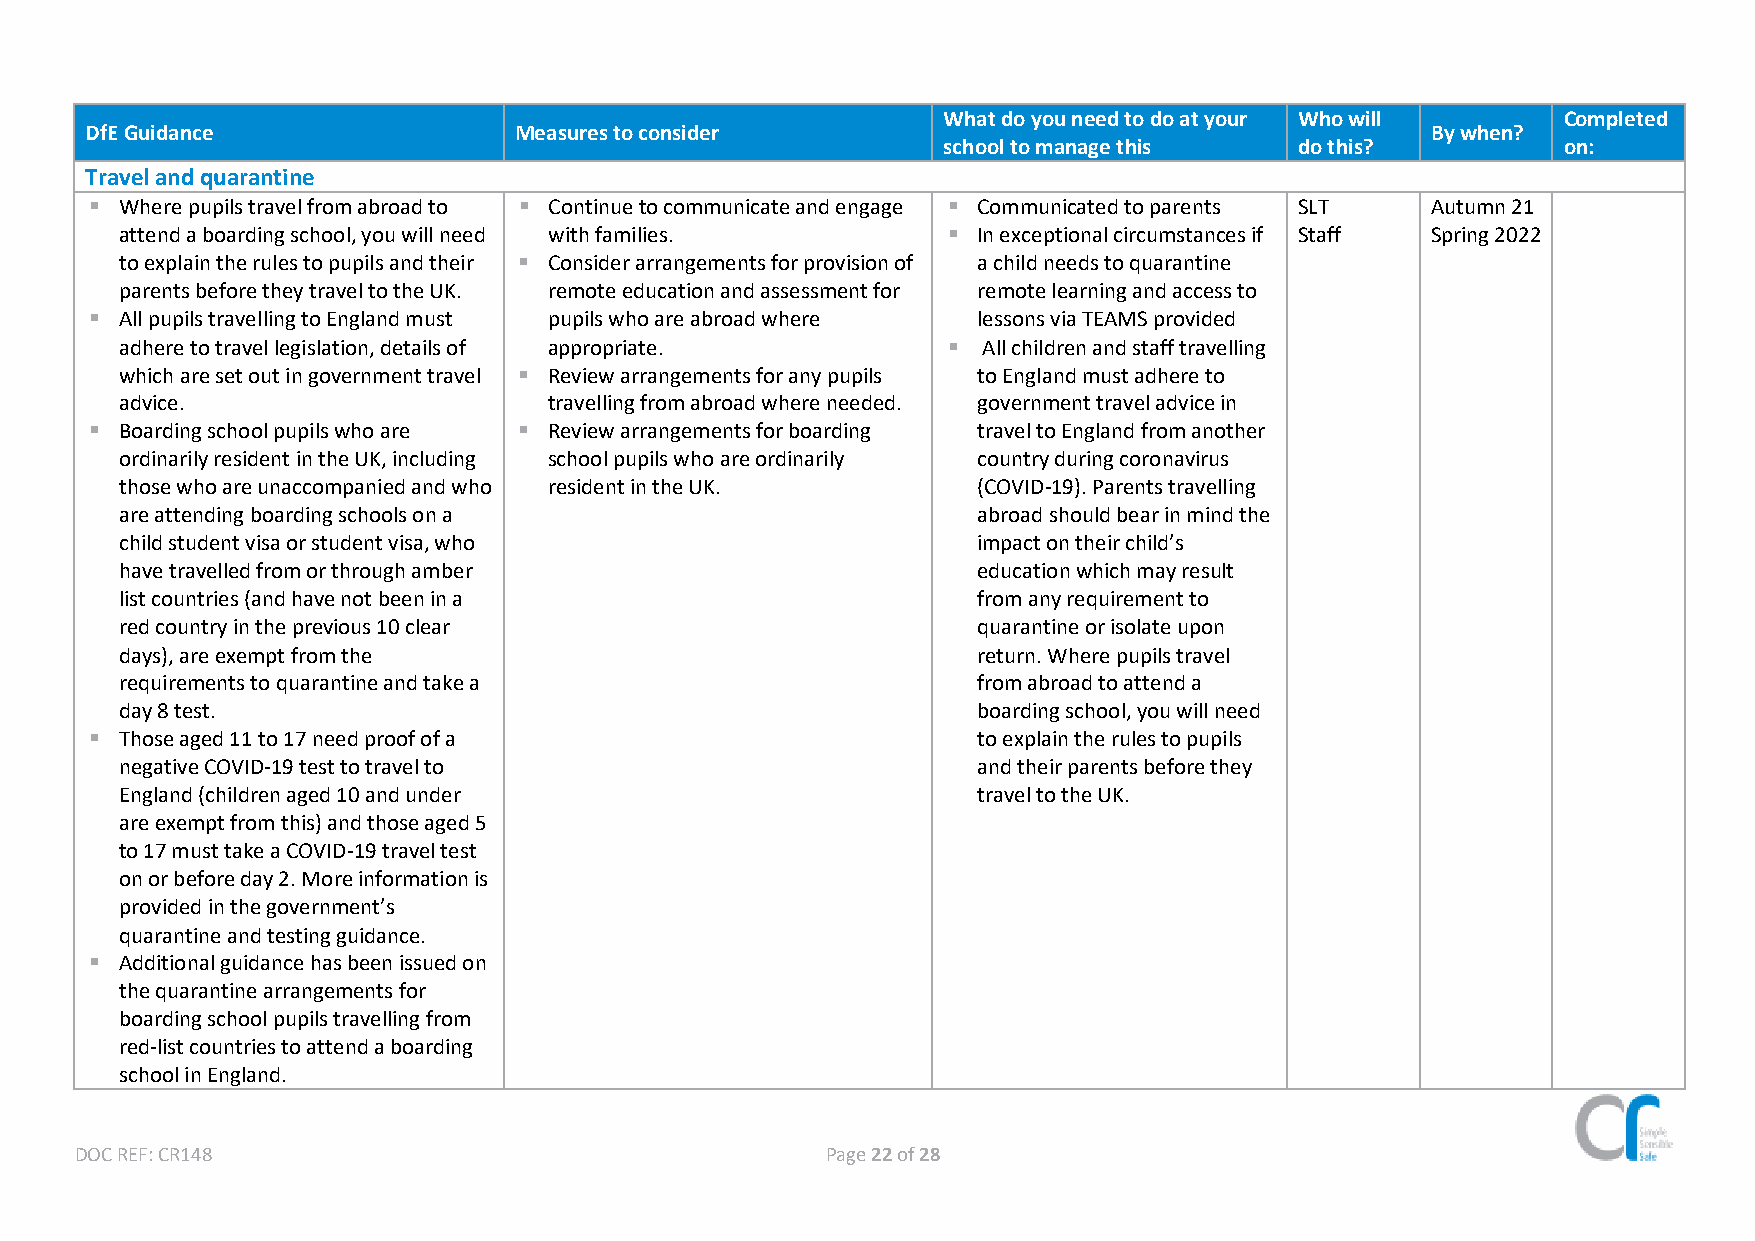
What do you need to do at your Who will  Completed
 DfE Guidance                Measures to consider                                         By when?
 school to manage this   do this?         on:
 Travel and quarantine
 ▪ Where pupils travel from abroad to ▪ Continue to communicate and engage ▪ Communicated to parents SLT Autumn 21
 attend a boarding school, you will need with families. ▪ In exceptional circumstances if Staff Spring 2022
 to explain the rules to pupils and their ▪ Consider arrangements for provision of a child needs to quarantine
 parents before they travel to the UK. remote education and assessment for remote learning and access to
 ▪ All pupils travelling to England must pupils who are abroad where lessons via TEAMS provided
 adhere to travel legislation, details of appropriate.  ▪ All children and staff travelling
 which are set out in government travel ▪ Review arrangements for any pupils to England must adhere to
 advice.                     travelling from abroad where needed. government travel advice in
 ▪ Boarding school pupils who are ▪ Review arrangements for boarding travel to England from another
 ordinarily resident in the UK, including school pupils who are ordinarily country during coronavirus
 those who are unaccompanied and who resident in the UK.  (COVID-19). Parents travelling
 are attending boarding schools on a                      abroad should bear in mind the
 child student visa or student visa, who                  impact on their child’s
 have travelled from or through amber                     education which may result
 list countries (and have not been in a                   from any requirement to
 red country in the previous 10 clear                     quarantine or isolate upon
 days), are exempt from the                               return. Where pupils travel
 requirements to quarantine and take a                    from abroad to attend a
 day 8 test.                                              boarding school, you will need
 ▪ Those aged 11 to 17 need proof of a                      to explain the rules to pupils
 negative COVID-19 test to travel to                      and their parents before they
 England (children aged 10 and under                      travel to the UK.
 are exempt from this) and those aged 5
 to 17 must take a COVID-19 travel test
 on or before day 2. More information is
 provided in the government’s
 quarantine and testing guidance.
 ▪ Additional guidance has been issued on
 the quarantine arrangements for
 boarding school pupils travelling from
 red-list countries to attend a boarding
 school in England.
 DOC REF: CR148                                    Page 22 of 28